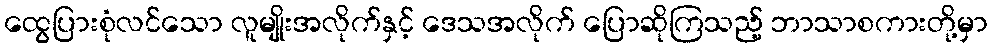
ထွေပြားစုံလင်သော လူမျိုးအလိုက်နှင့် ဒေသအလိုက် ပြောဆိုကြသည့် ဘာသာစကားတို့မှာ